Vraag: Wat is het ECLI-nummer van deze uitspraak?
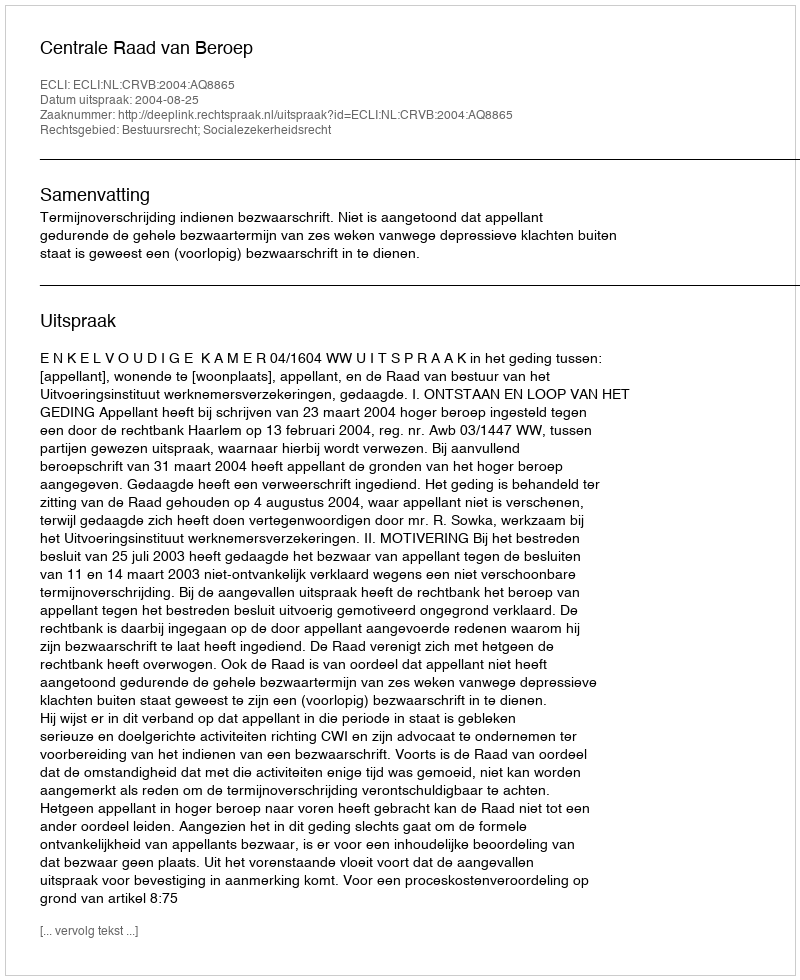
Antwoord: ECLI:NL:CRVB:2004:AQ8865